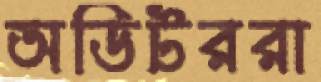
অডিটররা